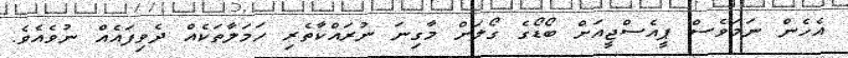
އެހެން ނަމަވެސް ޕީއެސްޖީއަށް ބޯޑޯގެ ގޯލަށް މާގިނަ ނުރައްކާތެރި ހަމަލާތަކެއް ދެވިފައެއް ނުވެއެވެ.